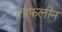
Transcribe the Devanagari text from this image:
लाफलीन